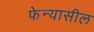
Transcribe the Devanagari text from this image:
फेन्यासील